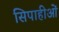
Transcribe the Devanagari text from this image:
सिपाहीओं